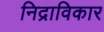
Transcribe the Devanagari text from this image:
निद्राविकार